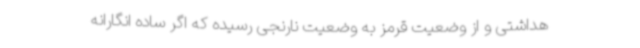
هداشتی و از وضعیت قرمز به وضعیت نارنجی رسیده که اگر ساده انگارانه